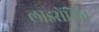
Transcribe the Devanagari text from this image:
लाइसेंसित